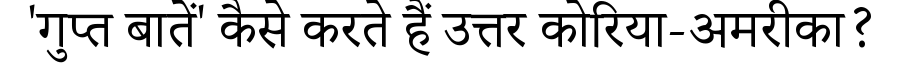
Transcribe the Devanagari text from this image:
'गुप्त बातें' कैसे करते हैं उत्तर कोरिया-अमरीका?